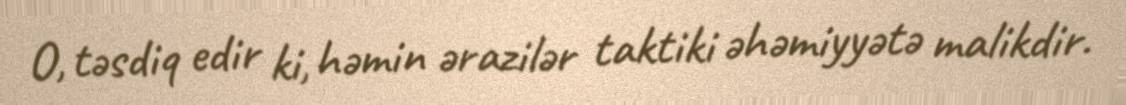
O, təsdiq edir ki, həmin ərazilər taktiki əhəmiyyətə malikdir.